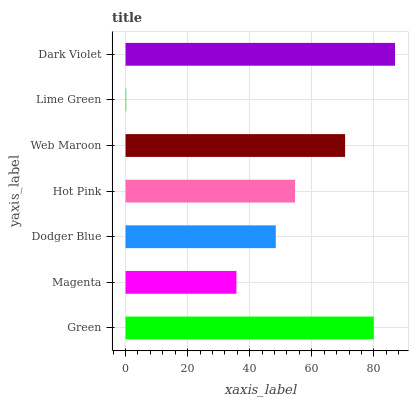
| yaxis_label | bars |
 | --- | --- |
 | Green | 80 |
 | Magenta | 35.7 |
 | Dodger Blue | 48.4 |
 | Hot Pink | 54.6 |
 | Web Maroon | 70.7 |
 | Lime Green | 0.233 |
 | Dark Violet | 86.8 |